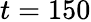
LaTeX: t=150